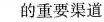
的重要渠道